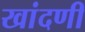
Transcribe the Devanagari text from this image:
खांदणी